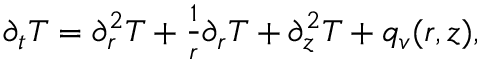
\begin{array} { r } { \partial _ { t } T = \partial _ { r } ^ { 2 } T + \frac { 1 } { r } \partial _ { r } T + \partial _ { z } ^ { 2 } T + q _ { v } ( r , z ) , } \end{array}